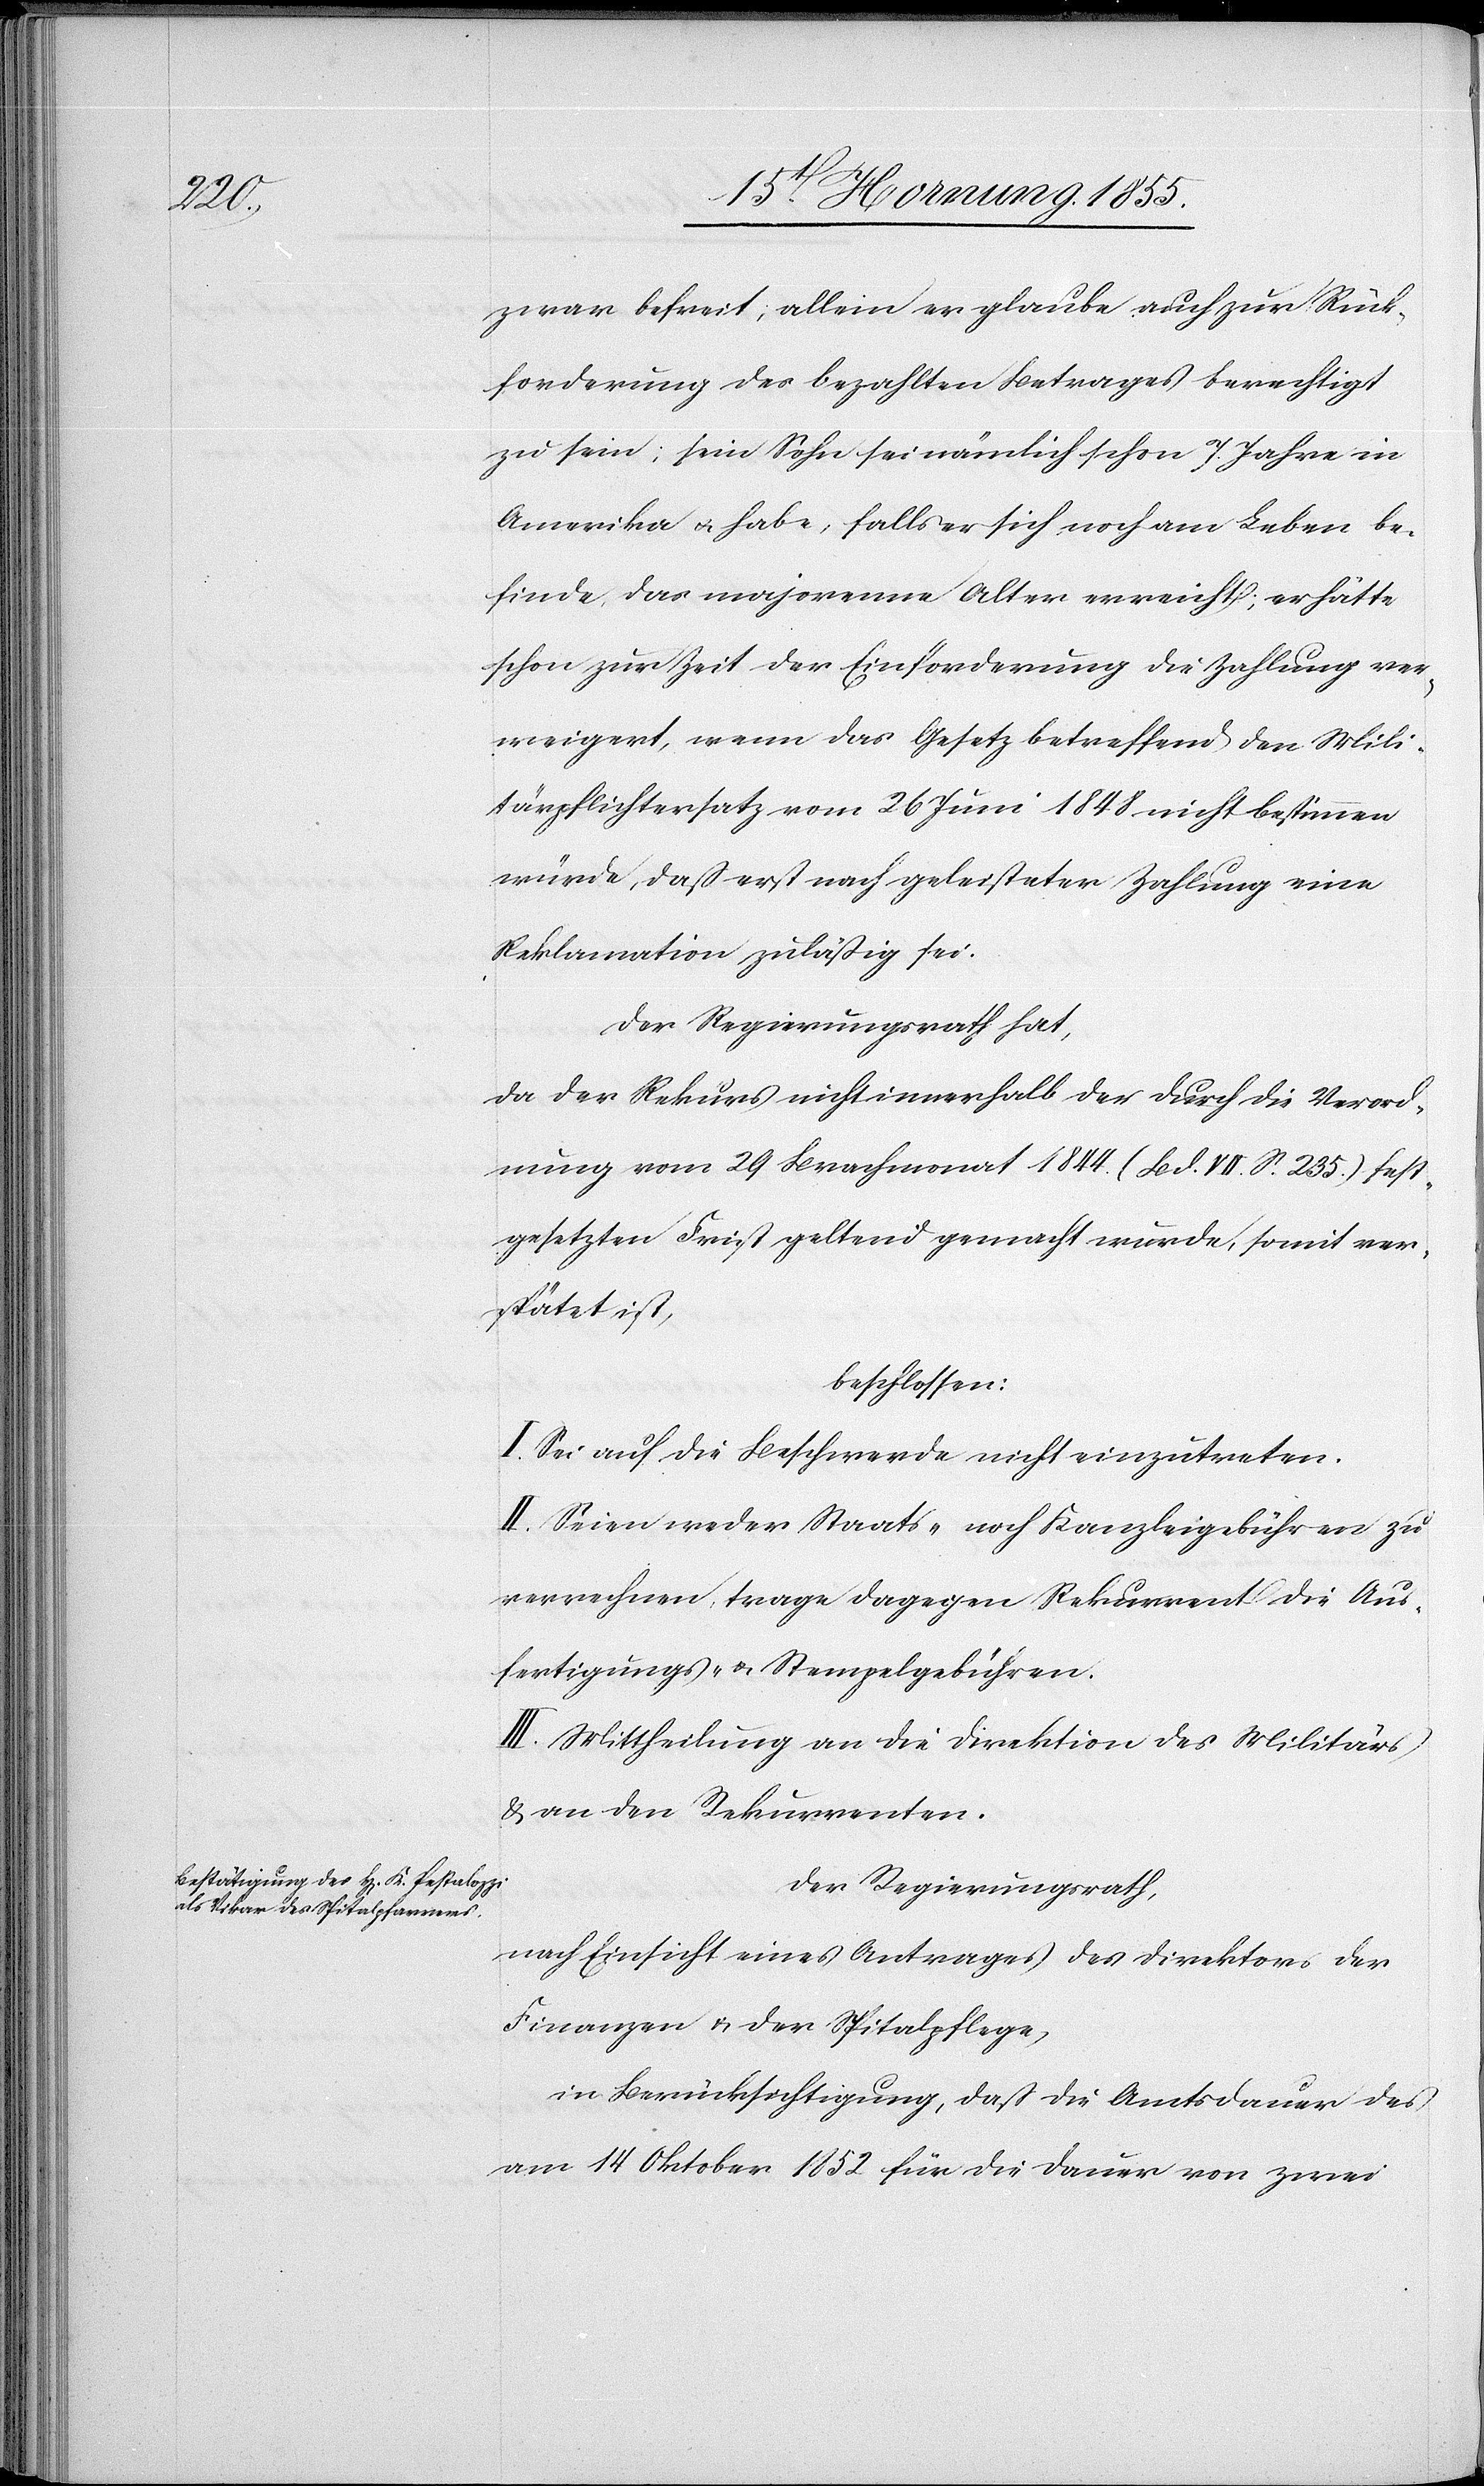
zwar befreit; allein er glaube auch zur Rück¬
forderung des bezahlten Betrages berechtigt
zu sein; sein Sohn sei nämlich schon 7. Jahre in
Amerika & habe, falls er sich noch am Leben be¬
finde, das majorenne Alter erreicht; er hätte
schon zur Zeit der Einforderung die Zahlung ver¬
weigert, wenn das Gesetz betreffend den Mili¬
tärpflichtersatz vom 26 Juni 1848 nicht bestimmen
würde, dass erst nach geleisteter Zahlung eine
Reklamation zuläßig sei.
Der Regierungsrath hat,
da der Rekurs nicht innerhalb der durch die Verord¬
nung vom 29 Brachmonat 1844. (Bd. VII. S. 235.) fest¬
gesetzten Frist geltend gemacht wurde, somit ver¬
spätet ist,
beschlossen:
I. Sei auf die Beschwerde nicht einzutreten.
II. Seien weder Staats- noch Kanzleigebühren zu
verrechnen, trage dagegen Rekurrent die Aus¬
fertigungs- & Stempelgebühren.
III. Mittheilung an die Direktion des Militärs
& an den Rekurrenten.
Der Regierungsrath,
nach Einsicht eines Antrages des Direktors der
Finanzen & der Spitalpflege,
in Berücksichtigung, dass die Amtsdauer des
am 14 Oktober 1852 für die Dauer von zwei